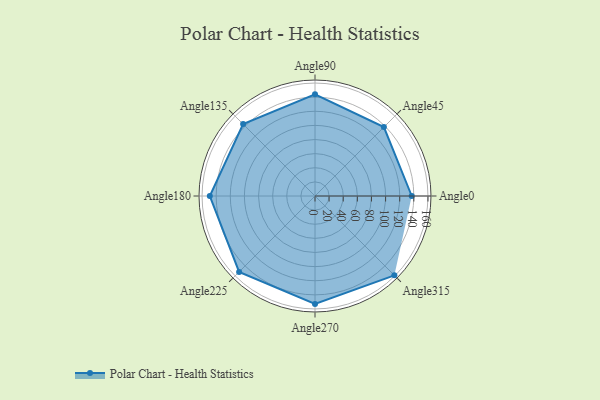
{"axis": {"x": "Angle", "y": "Radius"}, "legend": [""], "data": [{"x": "Angle0", "y": 137.0, "type": ""}, {"x": "Angle45", "y": 138.0, "type": ""}, {"x": "Angle90", "y": 144.0, "type": ""}, {"x": "Angle135", "y": 144.0, "type": ""}, {"x": "Angle180", "y": 149.0, "type": ""}, {"x": "Angle225", "y": 152.0, "type": ""}, {"x": "Angle270", "y": 153.0, "type": ""}, {"x": "Angle315", "y": 159.0, "type": ""}]}